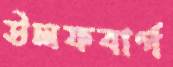
উলফবার্গ